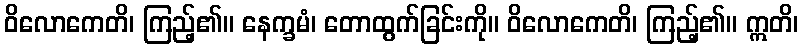
ဝိလောကေတိ၊ ကြည့်၏။ နေက္ခမံ၊ တောထွက်ခြင်းကို။ ဝိလောကေတိ၊ ကြည့်၏။ ဣတိ၊